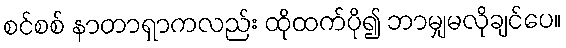
စင်စစ် နာတာရှာကလည်း ထိုထက်ပို၍ ဘာမျှမလိုချင်ပေ။